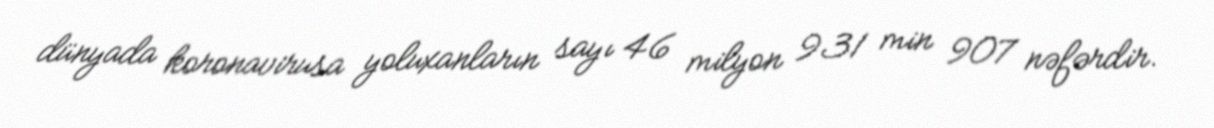
dünyada koronavirusa yoluxanların sayı 46 milyon 931 min 907 nəfərdir.